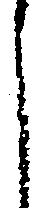
し